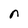
Character: r